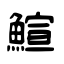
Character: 鰚